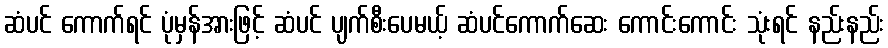
ဆံပင် ကောက်ရင် ပုံမှန်အားဖြင့် ဆံပင် ပျက်စီးပေမယ့် ဆံပင်ကောက်ဆေး ကောင်းကောင်း သုံးရင် နည်းနည်း